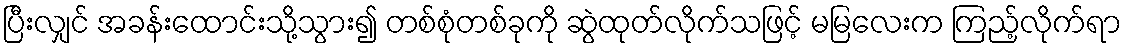
ပြီးလျှင် အခန်းထောင်းသို့သွား၍ တစ်စုံတစ်ခုကို ဆွဲထုတ်လိုက်သဖြင့် မမြလေးက ကြည့်လိုက်ရာ